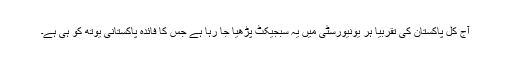
آج کل پاکستان کی تقربیا ہر یونیورسٹی میں یہ سبجیکٹ پڑھیا جا رہا ہے جس کا فائدہ پاکستانی یوتھ کو ہی ہے۔